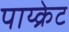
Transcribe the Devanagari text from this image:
पाय्क्रेट